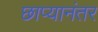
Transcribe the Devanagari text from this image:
छाप्यानंतर